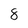
Character: 8